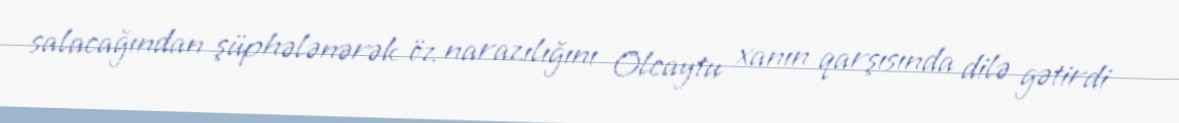
salacağından şüphələnərək öz narazılığını Olcaytu xanın qarşısında dilə gətirdi